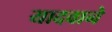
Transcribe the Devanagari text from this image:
यादवाने